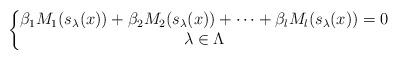
LaTeX: \begin{align*} \left\{ \begin{matrix}\beta_1 M_1(s_{\lambda}(x)) + \beta_2 M_2(s_{\lambda}(x)) + \dots + \beta_l M_{l}(s_{\lambda}(x)) = 0 \\\lambda \in \Lambda\end{matrix} \right. \end{align*}